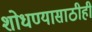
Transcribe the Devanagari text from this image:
शोधण्यासाठीही